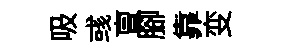
吸彧亶腳靠变